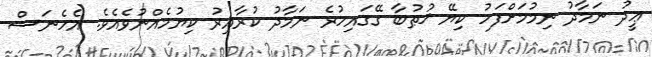
ޢީދު ނަމާދު ނިމުމަށްފަހު ކިޔޭ ޚުޠުބާ ގޭގައިހުރެ ނަމާދު ކުރާއިރު ކިޔުމެއްނުވެއެވެ. އެހެނަސް